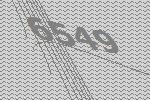
6549